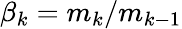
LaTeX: \beta_{k}=m_{k}/m_{k-1}